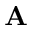
\mathbf { A }